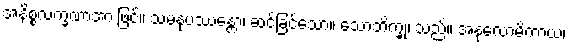
အနိစ္စလက္ခဏာအားဖြင့်။ သမနုပဿန္တော၊ ဆင်ခြင်သော။ သောဘိက္ခု၊ သည်။ အနုလောမိကာယ၊